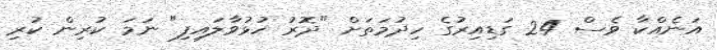
އަނެއްކާ ވެސް 24 ގަޑިއިރުގެ ހިދުމަތަށް "ދޮރު ހުޅުވާލައިފި" ނަމަ ކުރިން ކުރި